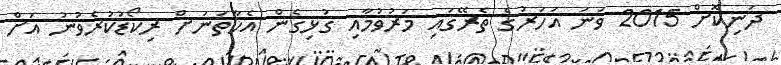
ދަނިކޮށް 2015 ވަނަ އަހަރުގެ ތެރޭގައި މަރުވުމާއި ގުޅިގެން އެހާތަނަށް ރިކޯޑުކުރެވުނު އަށް